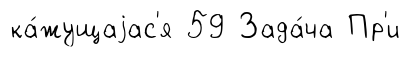
ка́жущаjас'я 59 Зада́ча Пр'и